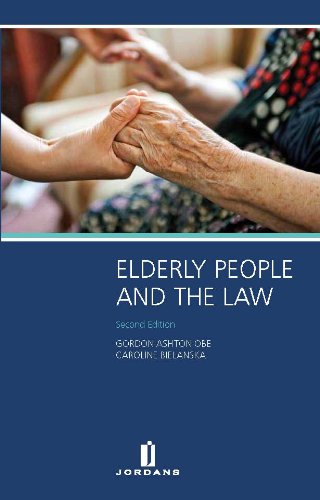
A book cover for Elderly People and the Law: Second Edition; Gordon Ashton; Law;